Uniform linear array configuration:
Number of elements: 4
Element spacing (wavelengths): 0.25
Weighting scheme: blackman
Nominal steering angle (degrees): -60
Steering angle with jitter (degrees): -60.916
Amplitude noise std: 0.05
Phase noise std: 0.05

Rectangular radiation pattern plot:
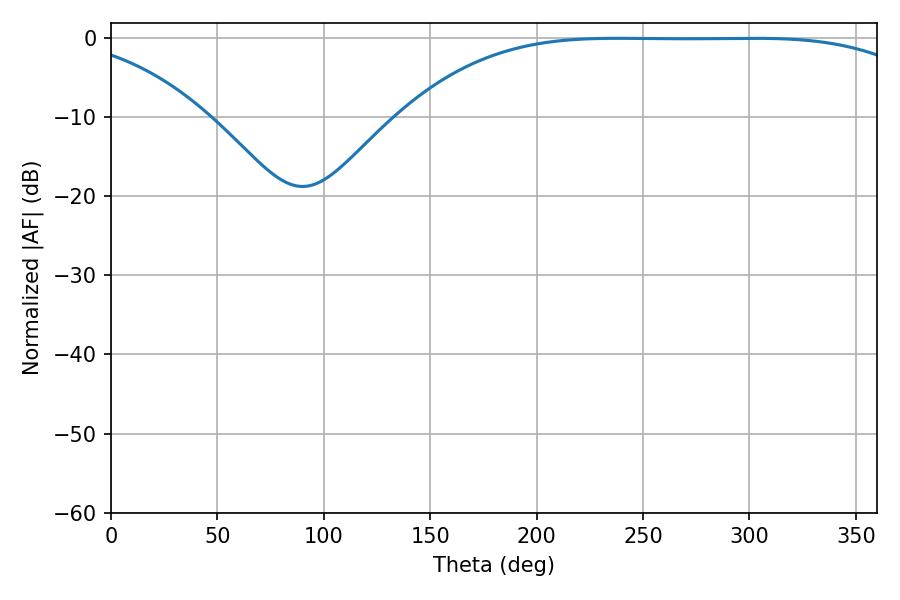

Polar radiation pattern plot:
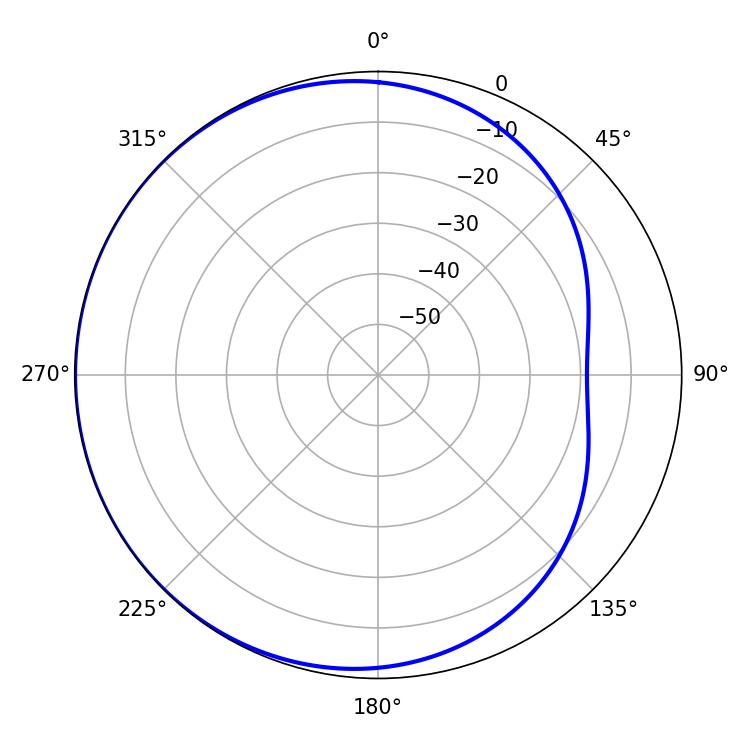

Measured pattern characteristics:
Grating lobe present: FALSE
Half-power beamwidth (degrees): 188.28
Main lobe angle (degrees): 238.68